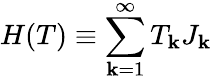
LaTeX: H(T)\equiv\sum_{\mathbf{k}=1}^{\infty}T_{\mathbf{k}}J_{\mathbf{k}}